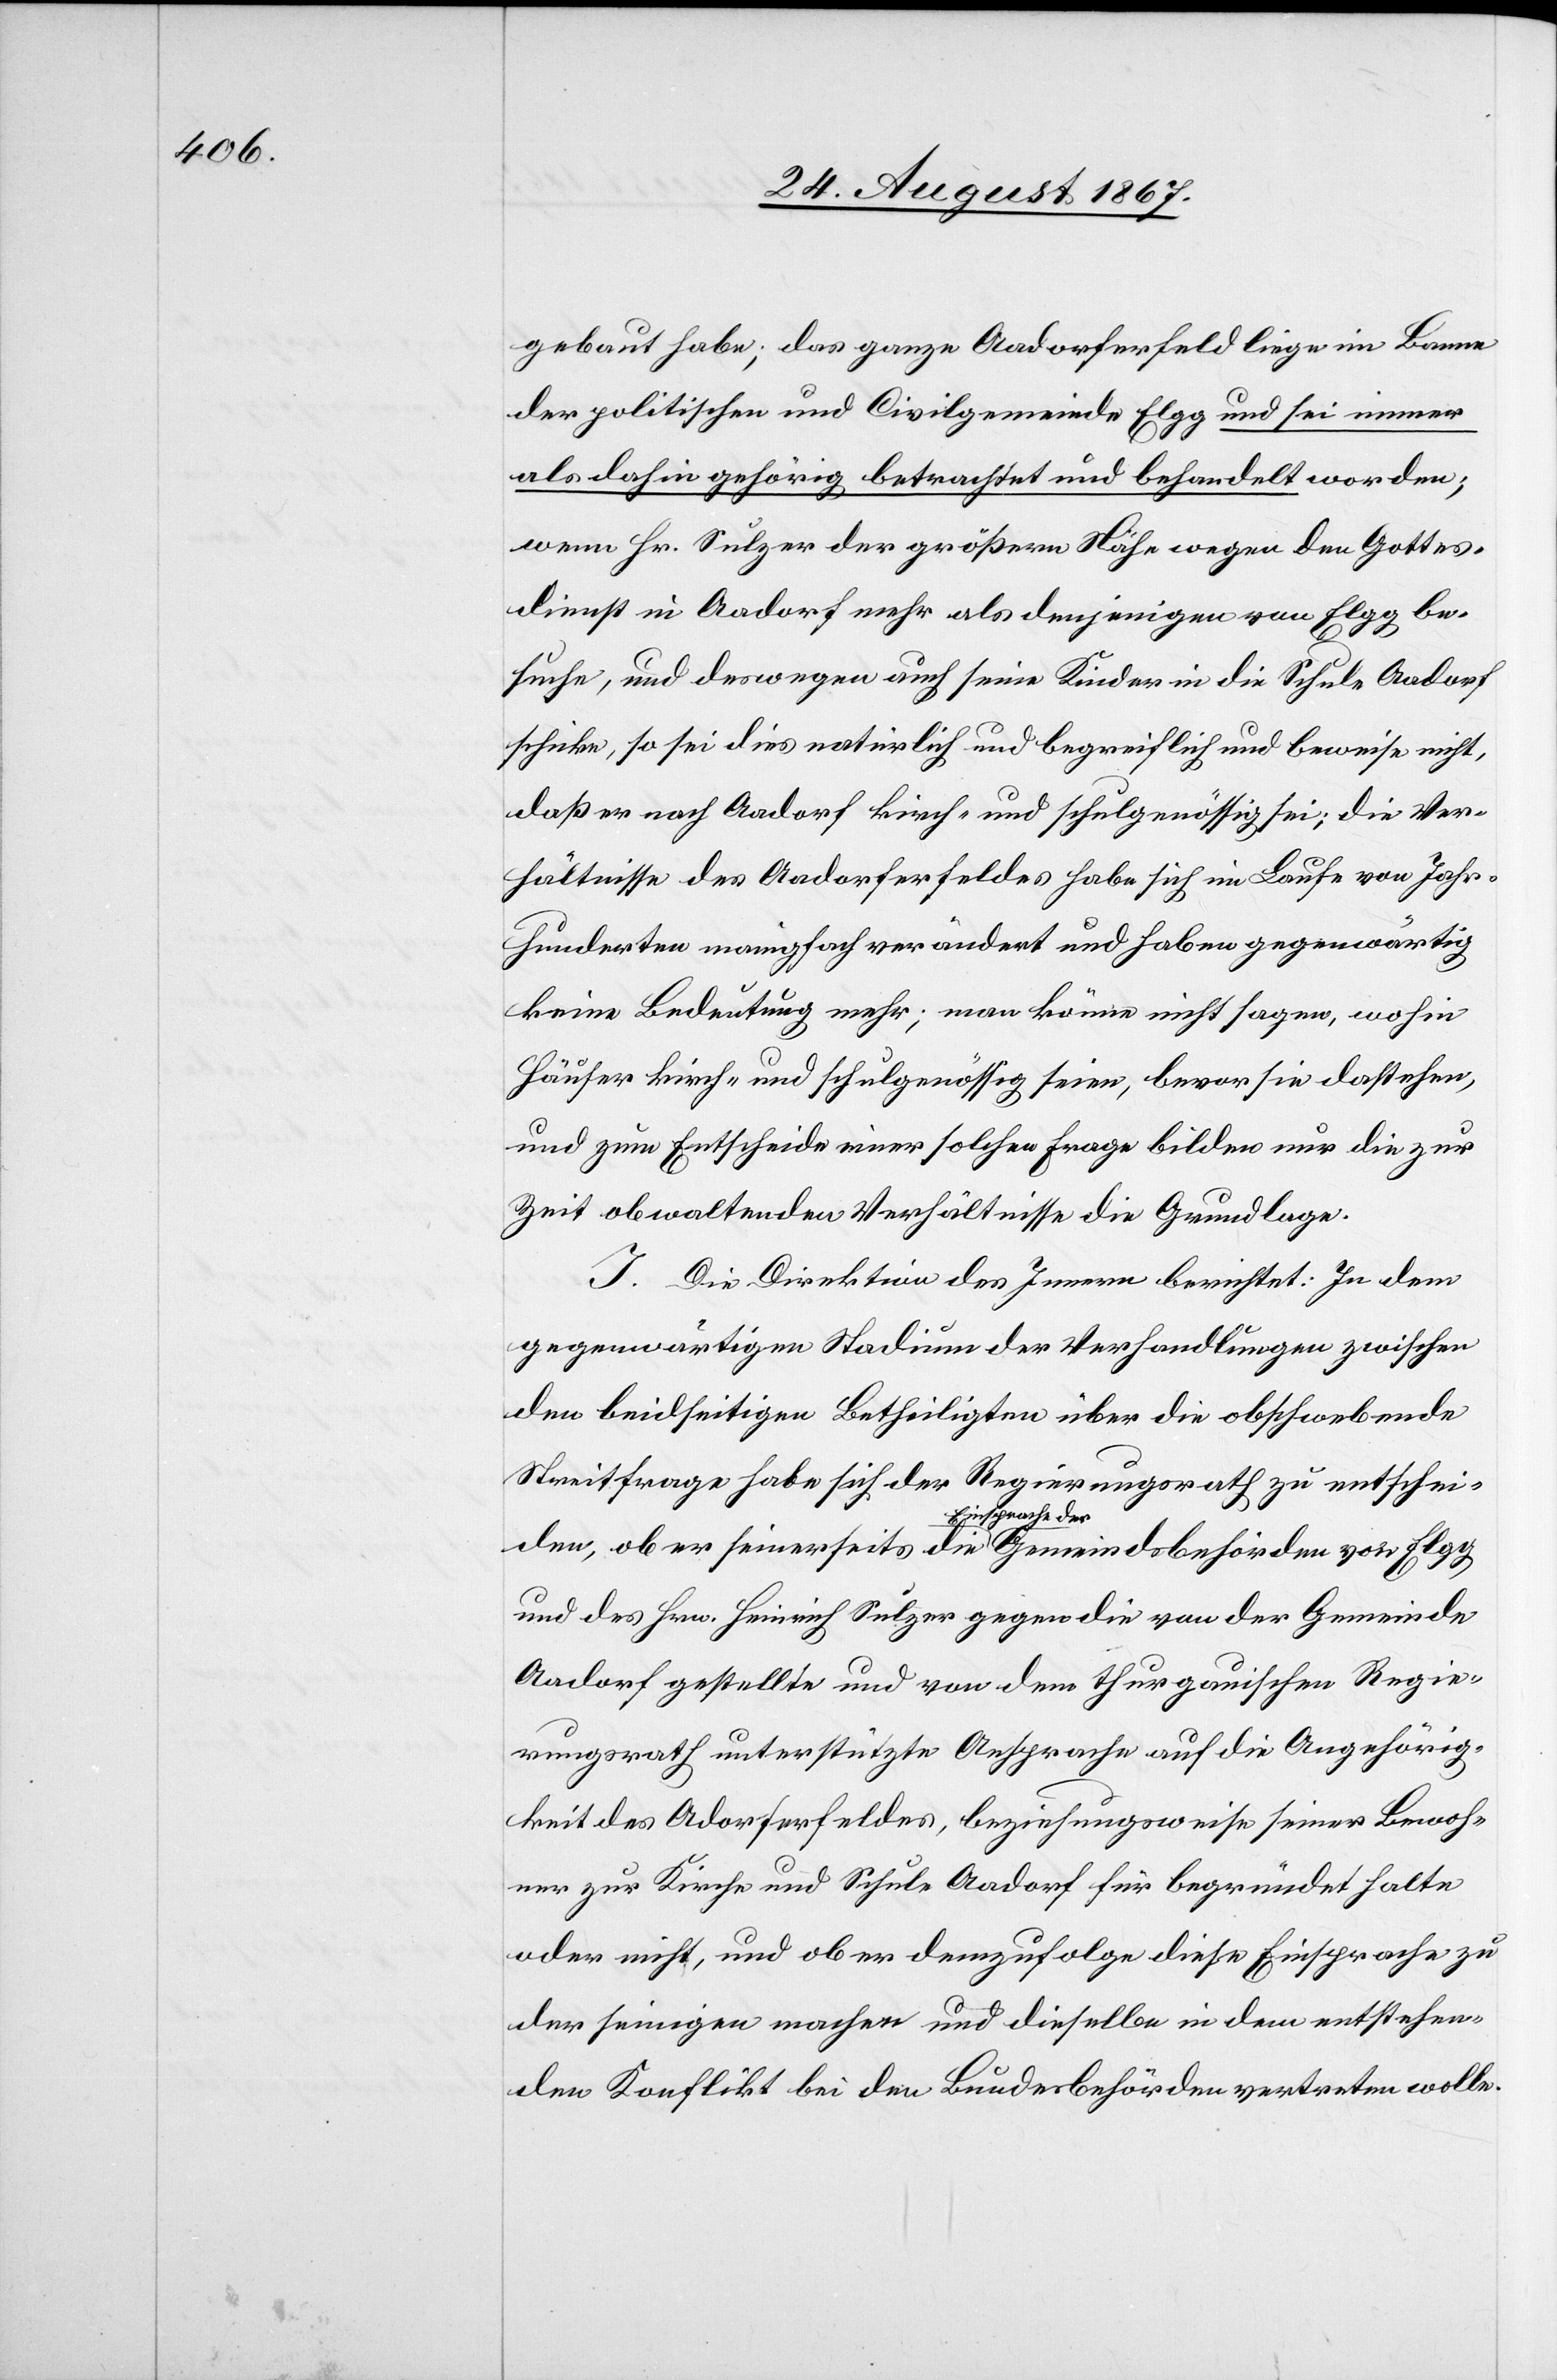
gebaut habe; das ganze Aadorferfeld liege im Banne
der politischen und Civilgemeinde Elgg und sei immer
als dahin gehörig betrachtet und behandelt worden;
wenn Hr. Sulzer der größern Nähe wegen den Gottes¬
dienst in Aadorf mehr als denjenigen von Elgg be¬
suche, und deswegen auch seine Kinder in die Schule Aadorf
schicke, so sei dies natürlich und begreiflich und beweise nicht,
daß er nach Aadorf kirch- und schulgenössig sei; die Ver¬
hältnisse des Aadorferfeldes habe[n] sich im Laufe der Jahr¬
hunderte manigfach verändert und haben gegenwärtig
keine Bedeutung mehr; man könne nicht sagen, wohin
Häuser kirch- und schulgenössig seien, bevor sie dastehen,
und zum Entscheide einer solchen Frage bilden nur die zur
Zeit obwaltenden Verhältnisse die Grundlage.
I. Die Direktion des Innern berichtet: In dem
gegenwärtigen Stadium der Verhandlungen zwischen
Streitfrage habe sich der Regierungsrath zu entschei¬
den, ob er seinerseits die Einsprache der Gemeindsbehörden von Elgg
und des Hrn. Heinrich Sulzer gegen die von der Gemeinde
Aadorf gestellte und von dem thurgauischen Regie¬
rungsrath unterstützte Ansprache auf die Angehörig¬
keit des Aadorferfeldes, beziehungsweise seiner Bewoh¬
ner zur Kirche und Schule Aadorf für begründet halte
oder nicht, und ob er demzufolge diese Einsprache zu
der seinigen machen und dieselbe in dem entsprechen¬
den Konflikt bei den Bundesbehörden vertreten wolle.